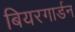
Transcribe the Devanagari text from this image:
बियरगार्डन